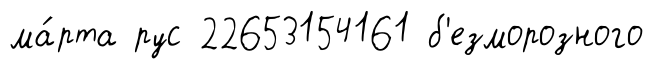
ма́рта рус 22653154161 б'езморозного